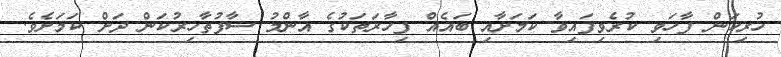
ހުރިކަން ފާހަވި ކުރެވިފައިވާ ކަމަށާއި ބައެއް ފިހާރަތަކުގެ އާންމު ސާފުތާހިރުކަން ދަށް ކަމަށެވެ.